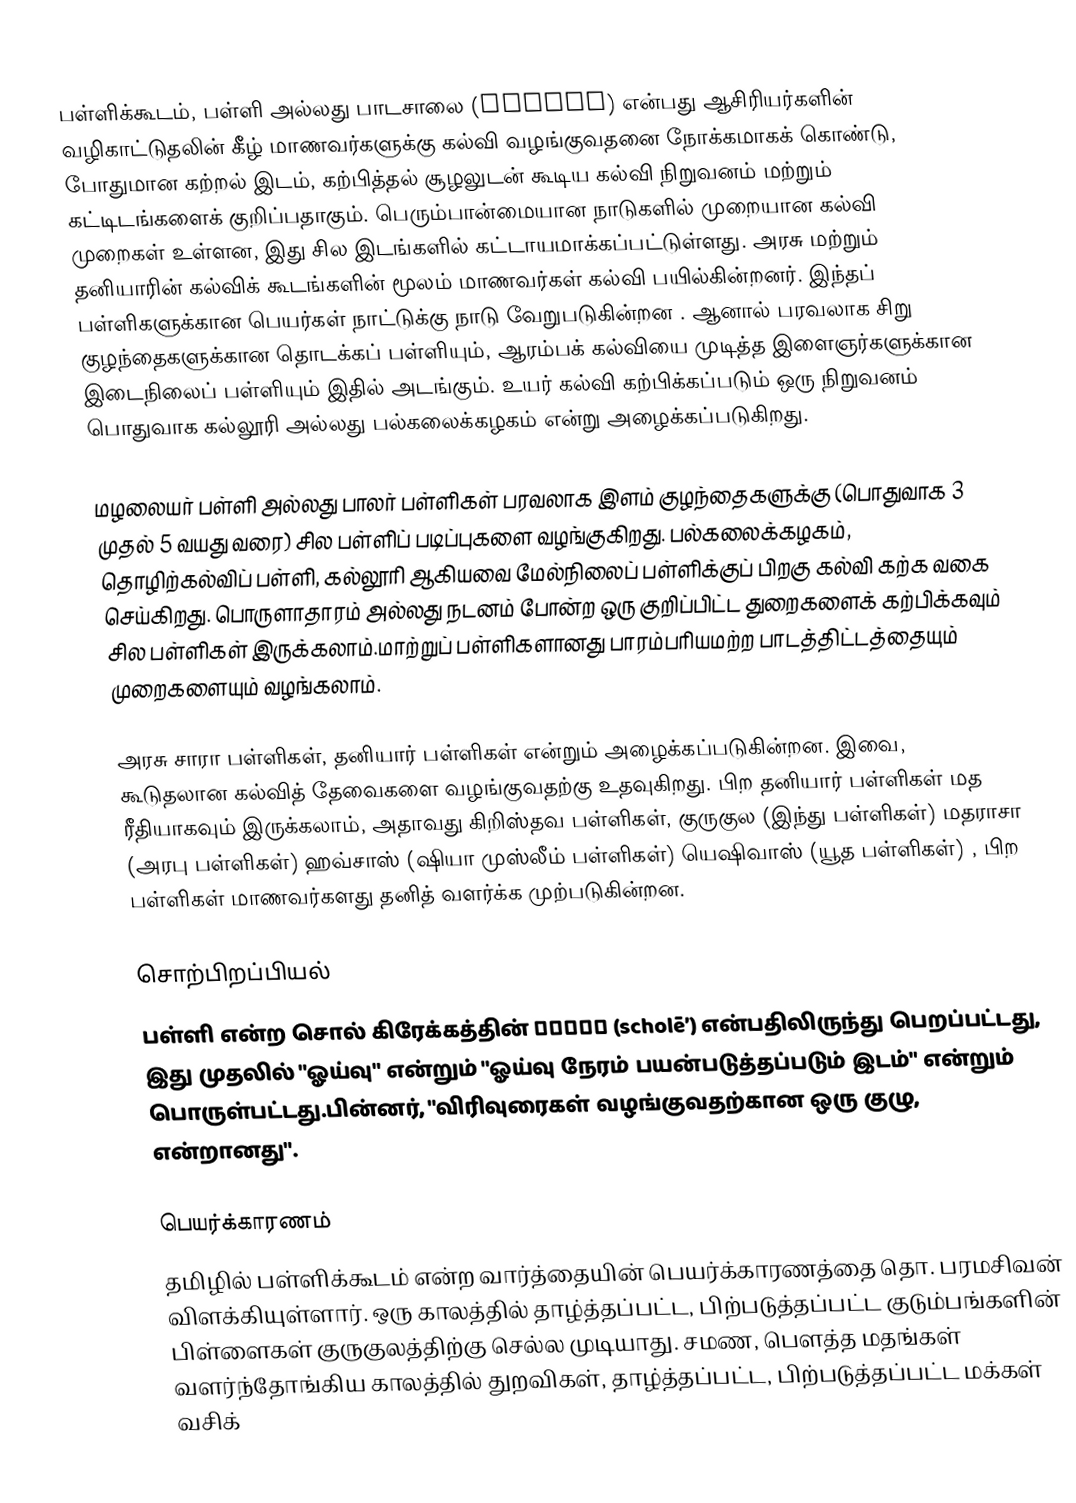
பள்ளிக்கூடம், பள்ளி அல்லது பாடசாலை (school) என்பது ஆசிரியர்களின் வழிகாட்டுதலின் கீழ் மாணவர்களுக்கு கல்வி வழங்குவதனை நோக்கமாகக் கொண்டு, போதுமான கற்றல் இடம், கற்பித்தல் சூழலுடன் கூடிய கல்வி நிறுவனம் மற்றும் கட்டிடங்களைக் குறிப்பதாகும்.  பெரும்பான்மையான நாடுகளில் முறையான கல்வி முறைகள் உள்ளன, இது சில இடங்களில் கட்டாயமாக்கப்பட்டுள்ளது. அரசு மற்றும் தனியாரின் கல்விக் கூடங்களின் மூலம் மாணவர்கள் கல்வி பயில்கின்றனர். இந்தப் பள்ளிகளுக்கான பெயர்கள் நாட்டுக்கு நாடு வேறுபடுகின்றன . ஆனால் பரவலாக சிறு குழந்தைகளுக்கான தொடக்கப் பள்ளியும், ஆரம்பக் கல்வியை முடித்த இளைஞர்களுக்கான இடைநிலைப் பள்ளியும் இதில் அடங்கும். உயர் கல்வி கற்பிக்கப்படும் ஒரு நிறுவனம் பொதுவாக கல்லூரி அல்லது பல்கலைக்கழகம் என்று அழைக்கப்படுகிறது.

மழலையர் பள்ளி அல்லது பாலர் பள்ளிகள் பரவலாக இளம் குழந்தைகளுக்கு (பொதுவாக 3 முதல் 5 வயது வரை) சில பள்ளிப் படிப்புகளை வழங்குகிறது. பல்கலைக்கழகம், தொழிற்கல்விப் பள்ளி, கல்லூரி ஆகியவை மேல்நிலைப் பள்ளிக்குப் பிறகு கல்வி கற்க வகை செய்கிறது. பொருளாதாரம் அல்லது நடனம் போன்ற ஒரு குறிப்பிட்ட துறைகளைக் கற்பிக்கவும் சில பள்ளிகள் இருக்கலாம்.மாற்றுப் பள்ளிகளானது பாரம்பரியமற்ற பாடத்திட்டத்தையும் முறைகளையும் வழங்கலாம்.

அரசு சாரா பள்ளிகள், தனியார் பள்ளிகள் என்றும் அழைக்கப்படுகின்றன. இவை, கூடுதலான கல்வித் தேவைகளை வழங்குவதற்கு உதவுகிறது. பிற தனியார் பள்ளிகள் மத ரீதியாகவும் இருக்கலாம், அதாவது கிறிஸ்தவ பள்ளிகள், குருகுல (இந்து பள்ளிகள்) மதராசா (அரபு பள்ளிகள்) ஹவ்சாஸ் (ஷியா முஸ்லீம் பள்ளிகள்) யெஷிவாஸ் (யூத பள்ளிகள்) , பிற பள்ளிகள் மாணவர்களது தனித் வளர்க்க முற்படுகின்றன.

சொற்பிறப்பியல்
பள்ளி என்ற சொல் கிரேக்கத்தின் σχολή (scholē′) என்பதிலிருந்து பெறப்பட்டது, இது முதலில் "ஓய்வு" என்றும் "ஓய்வு நேரம் பயன்படுத்தப்படும் இடம்" என்றும் பொருள்பட்டது.பின்னர், "விரிவுரைகள் வழங்குவதற்கான ஒரு குழு,  என்றானது".

பெயர்க்காரணம்
தமிழில் பள்ளிக்கூடம் என்ற வார்த்தையின் பெயர்க்காரணத்தை தொ. பரமசிவன் விளக்கியுள்ளார். ஒரு காலத்தில் தாழ்த்தப்பட்ட, பிற்படுத்தப்பட்ட குடும்பங்களின் பிள்ளைகள் குருகுலத்திற்கு செல்ல முடியாது. சமண, பௌத்த மதங்கள் வளர்ந்தோங்கிய காலத்தில் துறவிகள், தாழ்த்தப்பட்ட, பிற்படுத்தப்பட்ட மக்கள் வசிக்